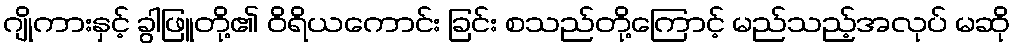
ဂျိုကားနှင့် ခွါဖြူတို့၏ ဝိရိယကောင်း ခြင်း စသည်တို့ကြောင့် မည်သည့်အလုပ် မဆို